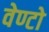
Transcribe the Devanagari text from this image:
वेण्टो